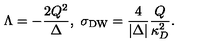
\Lambda = - { \frac { 2 Q ^ { 2 } } { \Delta } } , \ \sigma _ { \mathrm { D W } } = { \frac { 4 } { | \Delta | } } { \frac { Q } { \kappa _ { D } ^ { 2 } } } .